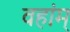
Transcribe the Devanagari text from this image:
वहांम्